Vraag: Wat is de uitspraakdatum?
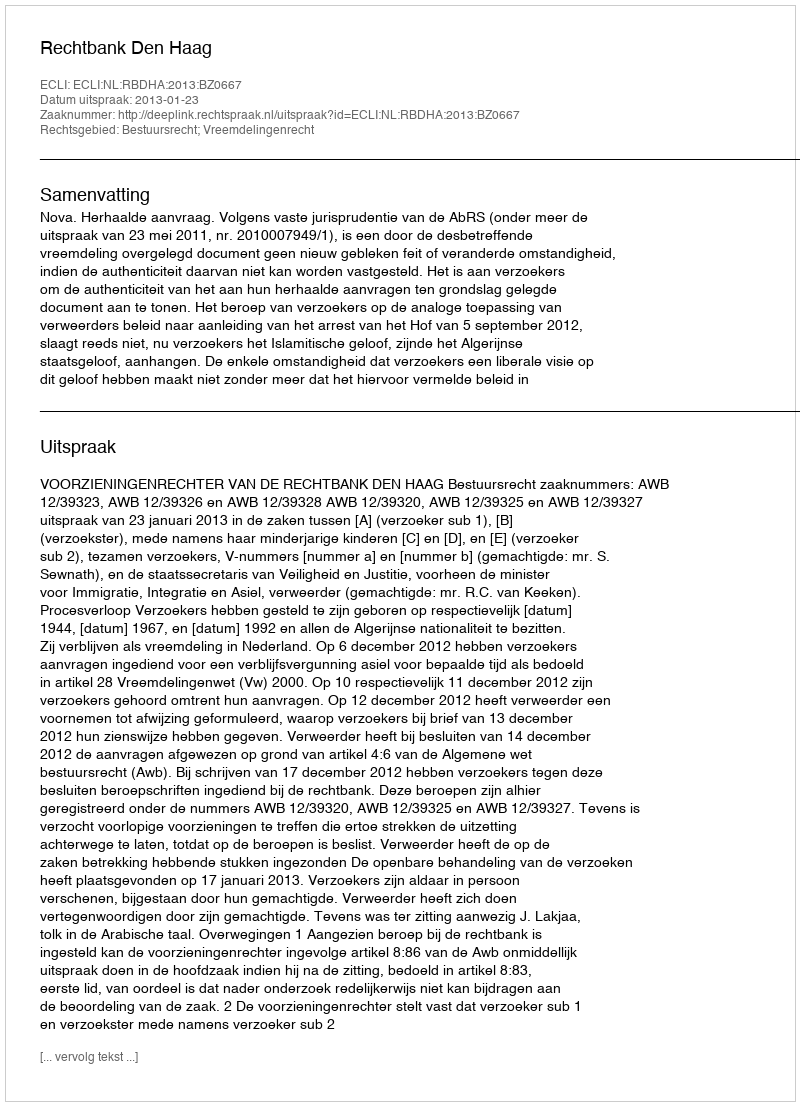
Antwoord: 2013-01-23